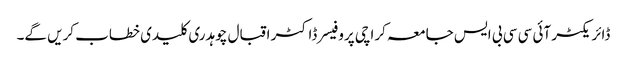
ڈائریکٹر آئی سی سی بی ایس جامعہ کراچی پروفیسر ڈاکٹر اقبال چوہدری کلیدی خطاب کریں گے۔